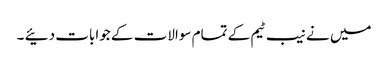
میں نے نیب ٹیم کے تمام سوالات کے جوابات دئیے ۔